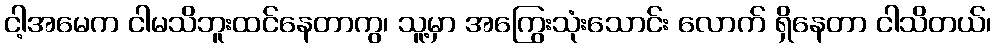
ငါ့အမေက ငါမသိဘူးထင်နေတာကွ၊ သူ့မှာ အကြွေးသုံးသောင်း လောက် ရှိနေတာ ငါသိတယ်၊